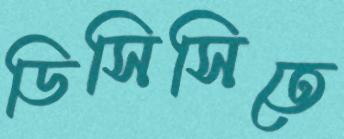
ডিসিসিতে